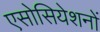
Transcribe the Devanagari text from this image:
एसोसियेशनों